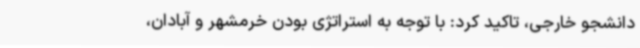
دانشجو خارجی، تاکید کرد: با توجه به استراتژی بودن خرمشهر و آبادان،